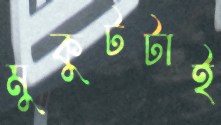
মুকুটটাই